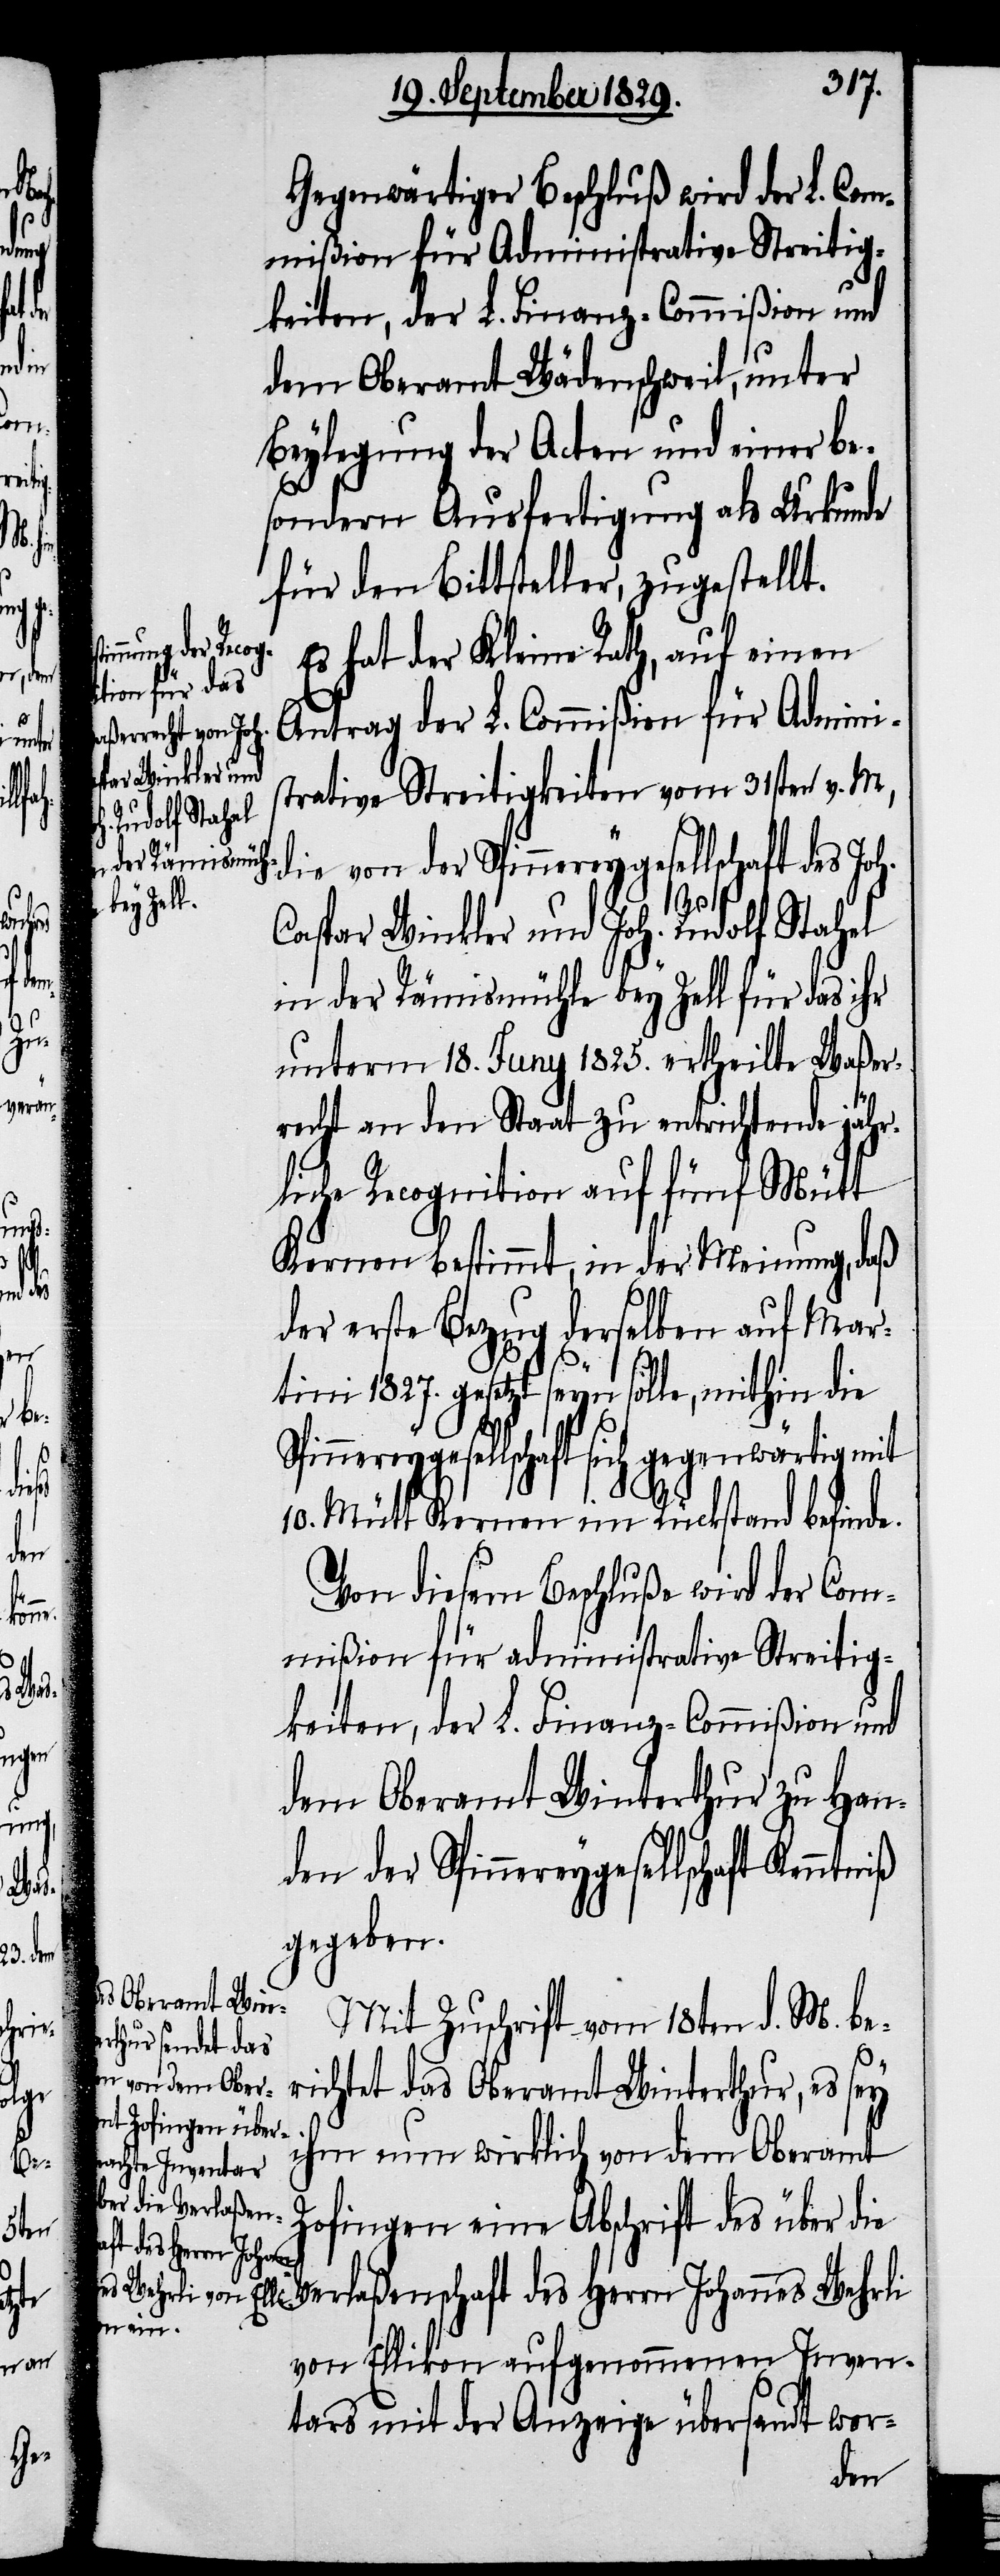
Zofingen
über
die

Gegenwärtiger Beschluß wird der L. Com¬
mißion für Administrative Streitig¬
keiten, der L. Finanz-Commißion und
dem Oberamt Wädenschweil, unter
Beylegung der Acten und einer be¬
sondern Ausfertigung als Urkunde
für den Bittsteller, zugestellt.
Es hat der Kleine Rath, auf einen
Antrag der L. Commißion für Adminis¬
trative Streitigkeiten vom 31sten v. M,
die von der Spinnereygesellschaft des Joh.
Caspar Winkler und Joh. Rudolf Stahel
in der Rämismühle bey Zell für das ihr
unterm 18. Juny 1825. ertheilte Waßer¬
recht an den Staat zu entrichtende jähr¬
liche Recognition auf fünf Mütt
Kernen bestimmt, in der Meinung, daß
der erste Bezug derselben auf Mar¬
tini 1827. gesetzt seyn solle, mithin die
Spinnereygesellschaft sich gegenwärtig mit
10. Mütt Kernen im Rückstand befinde.
Von diesem Beschluße wird der Com¬
mißion für administrative Streitig¬
keiten, der L. Finanz-Commißion und
dem Oberamt Winterthur zu Han¬
den der Spinnereygesellschaft Ken¬
gegeben.
Mit Zuschrift vom 18ten d. M. be¬
richtet das Oberamt Winterthur, es sey
ihm nun wirklich von dem Oberamt
Verlaßenschaft des Herrn Johannes Wehrli
von Ellikon aufgenommenen Inven¬
tars mit der Anzeige übersandt wor-